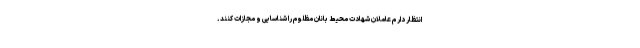
انتظار دارم عاملان شهادت محیط بانان مظلوم را شناسایی و مجازات کنند.